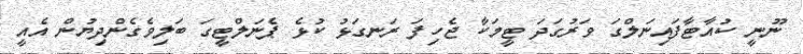
ނޫނީ ކުއާޓާފައިނަލްގަ ވަރުގަދަ ޓީމަކާ ޖެހިފަ ރަނގަޅު ކުޅެ ޕެނަލްޓީގަ ބަލިވެގެންދިޔުން އެއީ